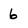
Character: 6